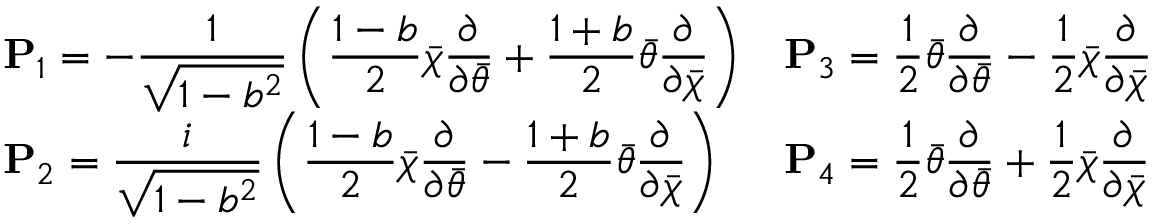
\begin{array} { l l } { { \displaystyle { \bf P } _ { 1 } = - \frac { 1 } { \sqrt { 1 - b ^ { 2 } } } \left( \frac { 1 - b } { 2 } \bar { \chi } \frac \partial { \partial \bar { \theta } } + \frac { 1 + b } { 2 } \bar { \theta } \frac \partial { \partial \bar { \chi } } \right) } } & { { \displaystyle { \bf P } _ { 3 } = \frac 1 2 \bar { \theta } \frac \partial { \partial \bar { \theta } } - \frac 1 2 \bar { \chi } \frac \partial { \partial \bar { \chi } } } } \\ { { \displaystyle { \bf P } _ { 2 } = \frac { i } { \sqrt { 1 - b ^ { 2 } } } \left( \frac { 1 - b } { 2 } \bar { \chi } \frac \partial { \partial \bar { \theta } } - \frac { 1 + b } { 2 } \bar { \theta } \frac \partial { \partial \bar { \chi } } \right) } } & { { \displaystyle { \bf P } _ { 4 } = \frac 1 2 \bar { \theta } \frac \partial { \partial \bar { \theta } } + \frac 1 2 \bar { \chi } \frac \partial { \partial \bar { \chi } } } } \end{array}